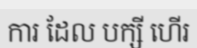
ការ ដែល បក្សី ហើរ